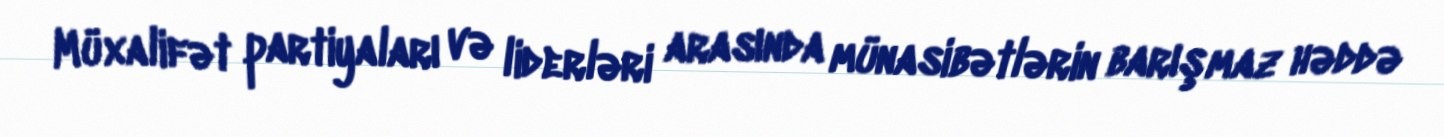
Müxalifət partiyaları və liderləri arasında münasibətlərin barışmaz həddə